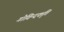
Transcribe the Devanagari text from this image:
गोविन्दकृति